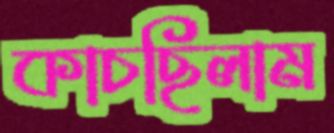
কাচছিলাম